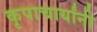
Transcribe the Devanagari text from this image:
कृपाचार्यांनी